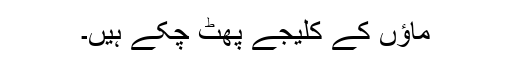
ماﺅں کے کلیجے پھٹ چکے ہیں۔